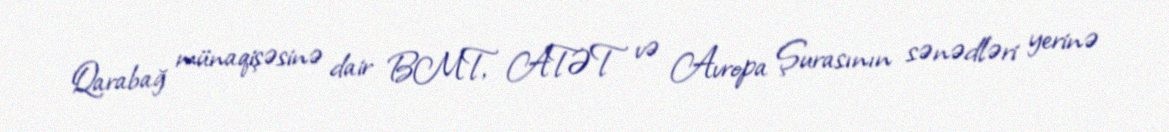
Qarabağ münaqişəsinə dair BMT, ATƏT və Avropa Şurasının sənədləri yerinə